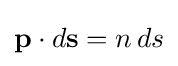
\mathbf {p} \cdot d\mathbf {s} =n\,ds